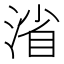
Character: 渻